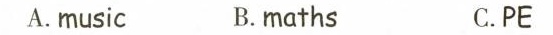
A.music B.maths C.PE